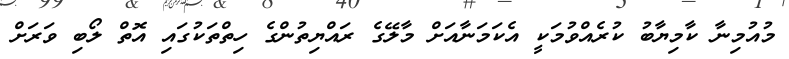
މުއުމިނާ ކާމިޔާބު ކުރެއްވުމަކީ އެކަމަނާއަށް މާލޭގެ ރައްޔިތުންގެ ހިތްތަކުގައި އޮތް ލޯބި ވަރަށް